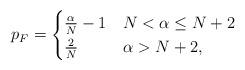
LaTeX: \begin{align*}p_F=\begin{cases}\frac \alpha N -1 & N<\alpha\leq N+2 \\\frac 2 N & \alpha>N+2,\end{cases}\end{align*}